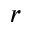
r